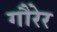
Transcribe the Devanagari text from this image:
गौरेर